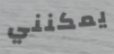
يمكنني